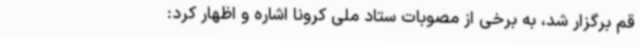
قم برگزار شد، به برخی از مصوبات ستاد ملی کرونا اشاره و اظهار کرد: